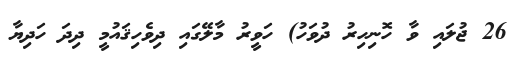
26 ޖުލައި ވާ ހޮނިހިރު ދުވަހު) ހަވީރު މާލޭގައި ދިވެހިޤައުމީ ދިދަ ހަދިޔާ